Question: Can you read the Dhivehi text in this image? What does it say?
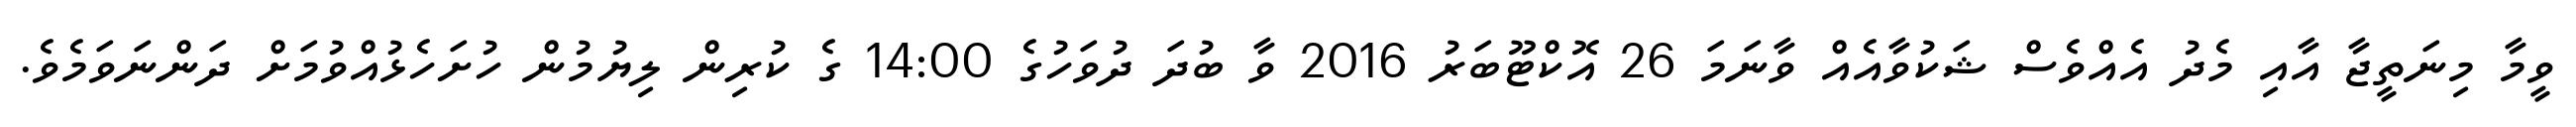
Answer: ވީމާ މިނަތީޖާ އާއި މެދު އެއްވެސް ޝަކުވާއެއް ވާނަމަ 26 އޮކްޓޫބަރު 2016 ވާ ބުދަ ދުވަހުގެ 14:00 ގެ ކުރިން ލިޔުމުން ހުށަހެޅުއްވުމަށް ދަންނަވަމެވެ.